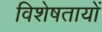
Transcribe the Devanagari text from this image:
विशेषतायों